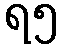
ရ၅